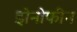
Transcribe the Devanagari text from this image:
झेनोफीन